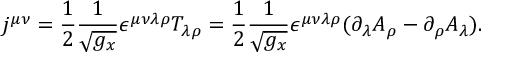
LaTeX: j ^ { \mu \nu } = \frac 1 2 \frac 1 { \sqrt { g _ { x } } } \epsilon ^ { \mu \nu \lambda \rho } T _ { \lambda \rho } = \frac 1 2 \frac 1 { \sqrt { g _ { x } } } \epsilon ^ { \mu \nu \lambda \rho } ( \partial _ { \lambda } A _ { \rho } - \partial _ { \rho } A _ { \lambda } ) .